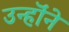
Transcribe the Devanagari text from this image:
उन्हॊंने